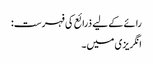
رائے کے لیے ذرائع کی فہرست:
انگریزی میں۔